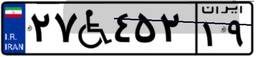
۲۷W۴۵۲۱۹